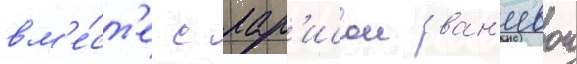
вм'е́ст'е с лар'исои ван'еевои